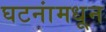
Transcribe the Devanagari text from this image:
घटनांमधून